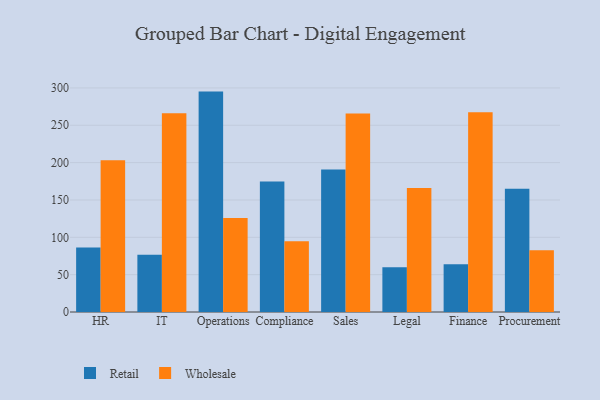
{"axis": {"x": "Department", "y": "Demand Index"}, "legend": ["Retail", "Wholesale"], "data": [{"x": "HR", "y": 86.3, "type": "Retail"}, {"x": "HR", "y": 203.3, "type": "Wholesale"}, {"x": "IT", "y": 76.7, "type": "Retail"}, {"x": "IT", "y": 266.1, "type": "Wholesale"}, {"x": "Operations", "y": 295.1, "type": "Retail"}, {"x": "Operations", "y": 125.9, "type": "Wholesale"}, {"x": "Compliance", "y": 174.6, "type": "Retail"}, {"x": "Compliance", "y": 94.6, "type": "Wholesale"}, {"x": "Sales", "y": 190.7, "type": "Retail"}, {"x": "Sales", "y": 265.9, "type": "Wholesale"}, {"x": "Legal", "y": 59.8, "type": "Retail"}, {"x": "Legal", "y": 166.0, "type": "Wholesale"}, {"x": "Finance", "y": 64.0, "type": "Retail"}, {"x": "Finance", "y": 267.3, "type": "Wholesale"}, {"x": "Procurement", "y": 165.0, "type": "Retail"}, {"x": "Procurement", "y": 82.6, "type": "Wholesale"}]}